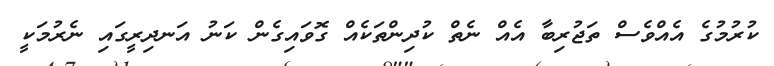
ކުރުމުގެ އެއްވެސް ތަޖުރިބާ އެއް ނެތް ކުދިންތަކެއް ގޮވައިގެން ކަނު އަނދިރީގައި ނެރުމަކީ